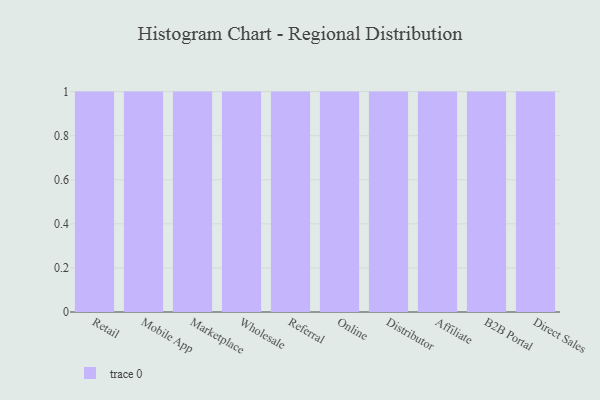
{"axis": {"x": "Channel", "y": "Production Output"}, "legend": [""], "data": [{"x": "Retail", "y": 91, "type": ""}, {"x": "Mobile App", "y": 88, "type": ""}, {"x": "Marketplace", "y": 97, "type": ""}, {"x": "Wholesale", "y": 15, "type": ""}, {"x": "Referral", "y": 74, "type": ""}, {"x": "Online", "y": 36, "type": ""}, {"x": "Distributor", "y": 23, "type": ""}, {"x": "Affiliate", "y": 86, "type": ""}, {"x": "B2B Portal", "y": 16, "type": ""}, {"x": "Direct Sales", "y": 69, "type": ""}]}